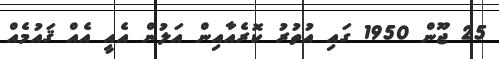
25 ޖޫން 1950 ގައި އުތުރު ކޮރެއާއިން އަލުން އެއީ އެއް ޤައުމެއް